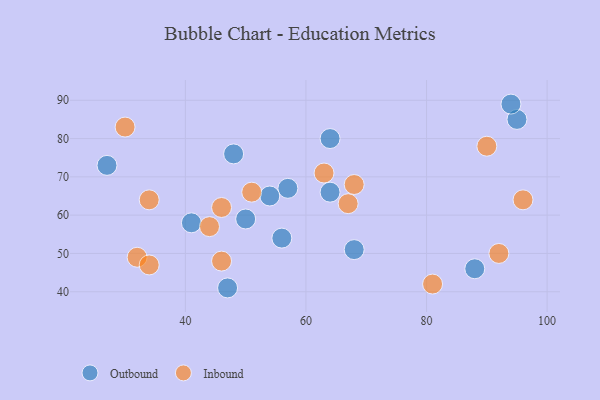
{"axis": {"x": "GDP", "y": "Life Expectancy"}, "legend": ["Inbound", "Outbound"], "data": [{"x": "56", "y": 54, "type": "Outbound"}, {"x": "88", "y": 46, "type": "Outbound"}, {"x": "57", "y": 67, "type": "Outbound"}, {"x": "27", "y": 73, "type": "Outbound"}, {"x": "41", "y": 58, "type": "Outbound"}, {"x": "48", "y": 76, "type": "Outbound"}, {"x": "47", "y": 41, "type": "Outbound"}, {"x": "64", "y": 80, "type": "Outbound"}, {"x": "95", "y": 85, "type": "Outbound"}, {"x": "68", "y": 51, "type": "Outbound"}, {"x": "64", "y": 66, "type": "Outbound"}, {"x": "94", "y": 89, "type": "Outbound"}, {"x": "50", "y": 59, "type": "Outbound"}, {"x": "54", "y": 65, "type": "Outbound"}, {"x": "67", "y": 63, "type": "Inbound"}, {"x": "92", "y": 50, "type": "Inbound"}, {"x": "46", "y": 62, "type": "Inbound"}, {"x": "51", "y": 66, "type": "Inbound"}, {"x": "34", "y": 64, "type": "Inbound"}, {"x": "63", "y": 71, "type": "Inbound"}, {"x": "81", "y": 42, "type": "Inbound"}, {"x": "96", "y": 64, "type": "Inbound"}, {"x": "30", "y": 83, "type": "Inbound"}, {"x": "90", "y": 78, "type": "Inbound"}, {"x": "32", "y": 49, "type": "Inbound"}, {"x": "44", "y": 57, "type": "Inbound"}, {"x": "46", "y": 48, "type": "Inbound"}, {"x": "34", "y": 47, "type": "Inbound"}, {"x": "68", "y": 68, "type": "Inbound"}]}